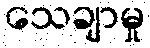
သေချာမှု